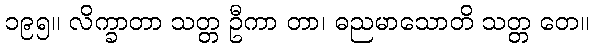
၁၉၅။ လိက္ခာတာ သတ္တ ဦကာ တာ၊ ဓညမာသောတိ သတ္တ တေ။